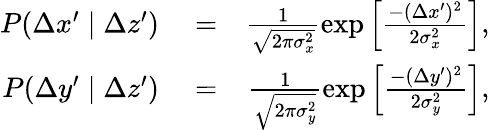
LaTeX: \begin{array}{rlr}{P(\Delta x^{\prime}\mid\Delta z^{\prime})}&{{}=}&{\frac{1}{\sqrt{2\pi\sigma_{x}^{2}}}\exp\left[\frac{-(\Delta x^{\prime})^{2}}{2\sigma_{x}^{2}}\right],}\\ {P(\Delta y^{\prime}\mid\Delta z^{\prime})}&{{}=}&{\frac{1}{\sqrt{2\pi\sigma_{y}^{2}}}\exp\left[\frac{-(\Delta y^{\prime})^{2}}{2\sigma_{y}^{2}}\right],}\end{array}